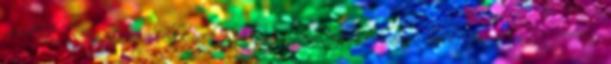
irodákért Támogatás vállalkozások tevékenységének digitalizálására -érdektelenek a kkv-k? TIPP